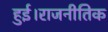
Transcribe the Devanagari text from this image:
हुई।राजनीतिक